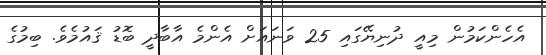
އެހެންކަމުން މިއީ ދުނިޔޭގައި 25 ވަނައަށް އެންމެ އާބާދީ ބޮޑު ޤައުމެވެ. ބިމުގެ